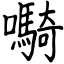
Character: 𫬷